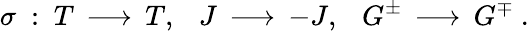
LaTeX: \sigma~:~T\, \longrightarrow\, T,~~~J\, \longrightarrow\, -J,~~~G^{\pm}\, \longrightarrow\, G^{\mp}~.